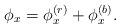
LaTeX: \begin{align*}\phi_x=\phi_x^{(r)}+\phi_x^{(b)}.\end{align*}